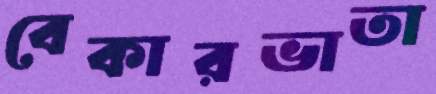
বেকারভাতা